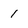
Character: 1